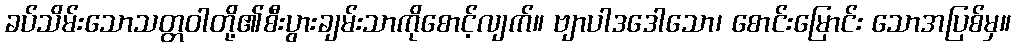
ခပ်သိမ်းသောသတ္တဝါတို့၏စီးပွားချမ်းသာကိုစောင့်လျက်။ ဗျာပါဒဒေါသော၊ စောင်းမြောင်း သောအပြစ်မှ။